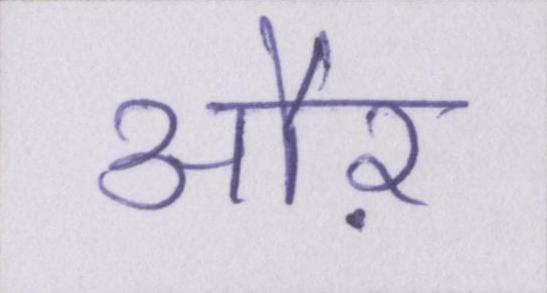
औऱ